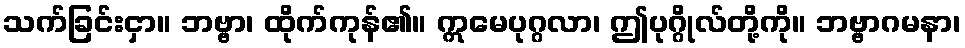
သက်ခြင်းငှာ။ ဘဗ္ဗာ၊ ထိုက်ကုန်၏။ ဣမေပုဂ္ဂလာ၊ ဤပုဂ္ဂိုလ်တို့ကို။ ဘဗ္ဗာဂမနာ၊